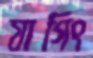
যাগিং